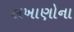
લખાણોના